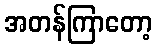
အတန်ကြာတော့